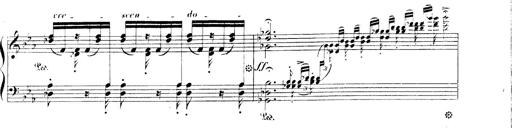
Title: 3 Chansons
Composer: Franz Liszt